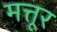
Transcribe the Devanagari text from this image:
मत्तूर